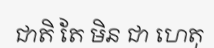
ជាតិ តែ មិន ជា ហេតុ